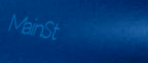
MainSt